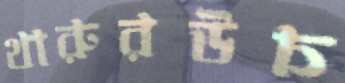
থারুরউচ